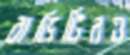
বাড়িটিরও